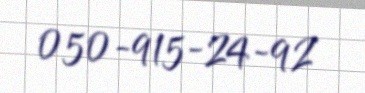
050-915-24-92